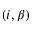
( i , \beta )